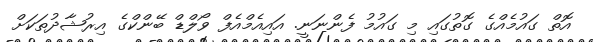
އޮތް ގައުމެއްގެ ގޮތުގައި މި ގައުމު ފެންނަނީ. އައިއެމްއެފް ވޯލްޑް ބޭންކްގެ އިރުޝާދުތަކަށް